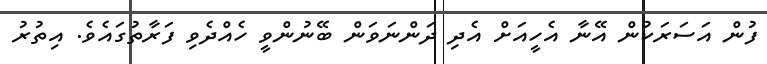
ފުން އަސަރަކުން އޭނާ އެހީއަށް އެދި ދަންނަވަން ބޭނުންވީ ހެއްދެވި ފަރާތުގައެވެ. އިތުރު